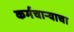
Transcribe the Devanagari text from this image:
कर्मचार्‍याचा